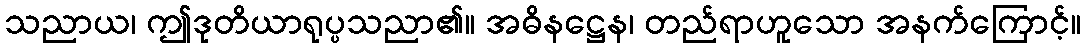
သညာယ၊ ဤဒုတိယာရုပ္ပသညာ၏။ အဓိနဋ္ဌေန၊ တည်ရာဟူသော အနက်ကြောင့်။